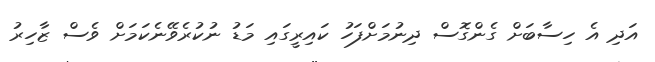
އަދި އެ ހިސާބަށް ގެންގޮސް ދިނުމަށްފަހު ކައިރީގައި މަޑު ނުކުރެވޭނެކަމަށް ވެސް ޒާހިރު